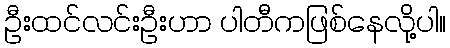
ဦးထင်လင်းဦးဟာ ပါတီကဖြစ်နေလို့ပါ။